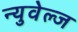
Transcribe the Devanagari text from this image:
न्युवेल्ज